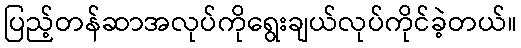
ပြည့်တန်ဆာအလုပ်ကိုရွေးချယ်လုပ်ကိုင်ခဲ့တယ်။